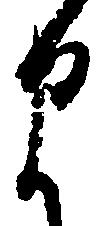
ま